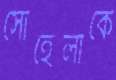
সোহেলীকে